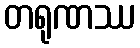
တရုဏဿ